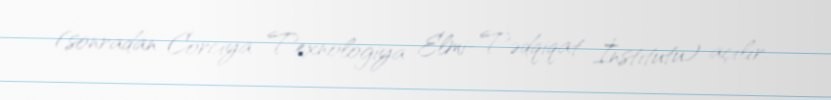
(sonradan Corciya Texnologiya Elmi-Tədqiqat İnstitutu) açılır.